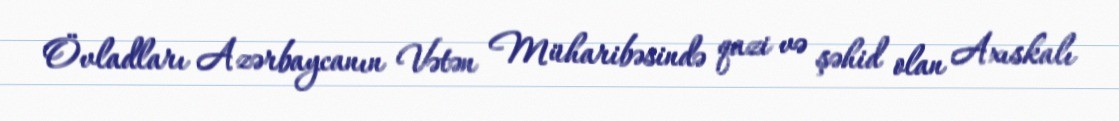
Övladları Azərbaycanın Vətən Müharibəsində qazi və şəhid olan Axıskalı